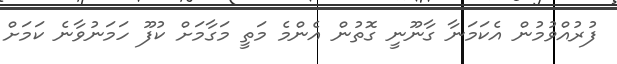
ފުރުއްވުމުން އެކަމަނާ ގާނޫނީ ގޮތުން އެންމެ މަތީ މަގާމަށް ކުފޫ ހަމަނުވާނެ ކަމަށް